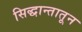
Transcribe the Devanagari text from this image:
सिद्धान्तातून